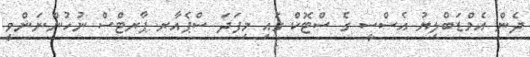
ދެން އެމްޑަބްލިޔު އެސްސީ ގެ ސްޓޮކް ގައި މިފަދަ ސްޕެއާރ ޕާރޓްސް ނުހުންނަންވީ